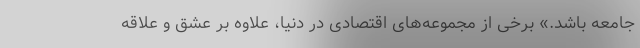
جامعه باشد.» برخی از مجموعه‌های اقتصادی در دنیا، علاوه بر عشق و علاقه